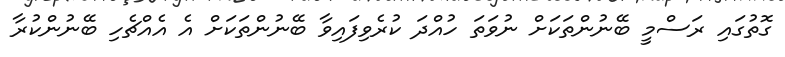
ގޮތުގައި ރަސްމީ ބޭނުންތަކަށް ނުވަތަ ހުއްދަ ކުރެވިފައިވާ ބޭނުންތަކަށް އެ އެއްޗެހި ބޭނުންކުރާ